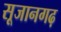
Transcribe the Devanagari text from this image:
सूजानगढ़